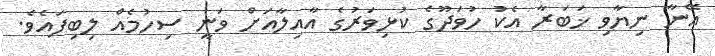
އޭނާ ނިޔާވި ޚަބަރާ އެކު ހުވަދޫގެ ކުޅިވަރުގެ އާއިލާއަށް ވަނީ ސިހުމެއް ލިބިފައެވެ.